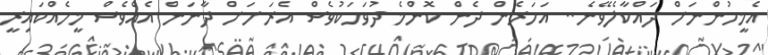
އެމީހުންނަށް ދައްކާލެވޭނެ.. އަހަރެން ދެން ކޮންމެ ދުވަހަކުވެސް އެރަށަށް ދާނަން އެއްވެސް މީހެއްކައިރީ